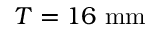
T = 1 6 \ \mathrm { { m m } }